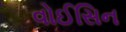
વોઈસિન